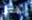
تفعل